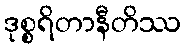
ဒုစ္စရိတာနီတိဿ